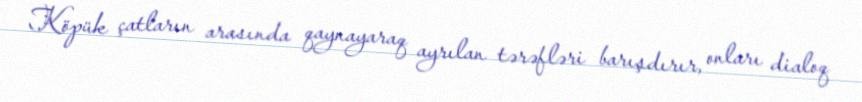
Köpük çatların arasında qaynayaraq ayrılan tərəfləri barışdırır, onları dialoq